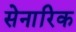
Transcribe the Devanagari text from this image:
सेनारिक